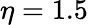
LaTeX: \eta=1.5